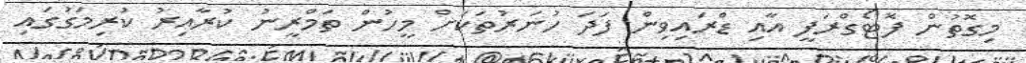
މިގޮތުން ފޮޓޯގްރަފީ އާއި ޑްރައިވިން ފަދަ ހުނަރުތަކަށް މީހުން ތަމްރީނު ކުރާއިރު ކުރިމަގުގައި